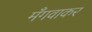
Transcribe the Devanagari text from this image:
मँगवाकर